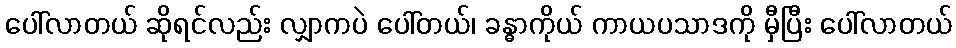
ပေါ်လာတယ် ဆိုရင်လည်း လျှာကပဲ ပေါ်တယ်၊ ခန္ဓာကိုယ် ကာယပသာဒကို မှီပြီး ပေါ်လာတယ်